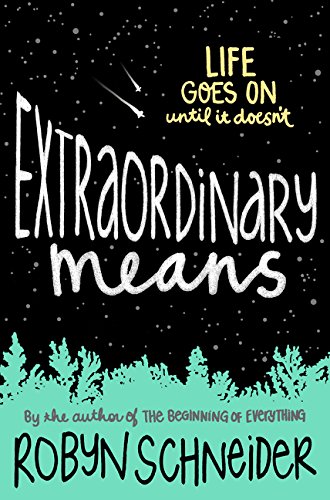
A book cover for Extraordinary Means; Robyn Schneider; Teen & Young Adult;